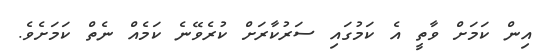
އިން ކަމަށް ވާތީ އެ ކަމުގައި ސަރުކާރަށް ކުރެވޭނެ ކަމެއް ނެތް ކަމަށެވެ.